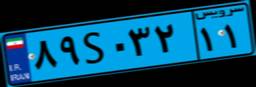
۸۹S۰۳۲۱۱